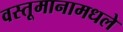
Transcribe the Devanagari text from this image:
वस्तूमानामधले